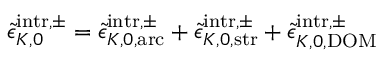
\tilde { \epsilon } _ { K , 0 } ^ { \mathrm { i n t r } , \pm } = \tilde { \epsilon } _ { K , 0 , \mathrm { a r c } } ^ { \mathrm { i n t r } , \pm } + \tilde { \epsilon } _ { K , 0 , \mathrm { s t r } } ^ { \mathrm { i n t r } , \pm } + \tilde { \epsilon } _ { K , 0 , \mathrm { D O M } } ^ { \mathrm { i n t r } , \pm }